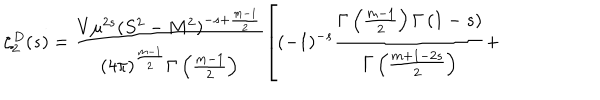
\zeta _ { 2 } ^ { D } ( s ) = \frac { V \mu ^ { 2 s } ( S ^ { 2 } - M ^ { 2 } ) ^ { - s + \frac { m - 1 } { 2 } } } { ( 4 \pi ) ^ { \frac { m - 1 } { 2 } } \Gamma \left( \frac { m - 1 } { 2 } \right) } \left[ ( - 1 ) ^ { - s } \frac { \Gamma \left( \frac { m - 1 } { 2 } \right) \Gamma \left( 1 - s \right) } { \Gamma \left( \frac { m + 1 - 2 s } { 2 } \right) } + \right.